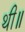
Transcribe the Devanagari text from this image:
थी॥